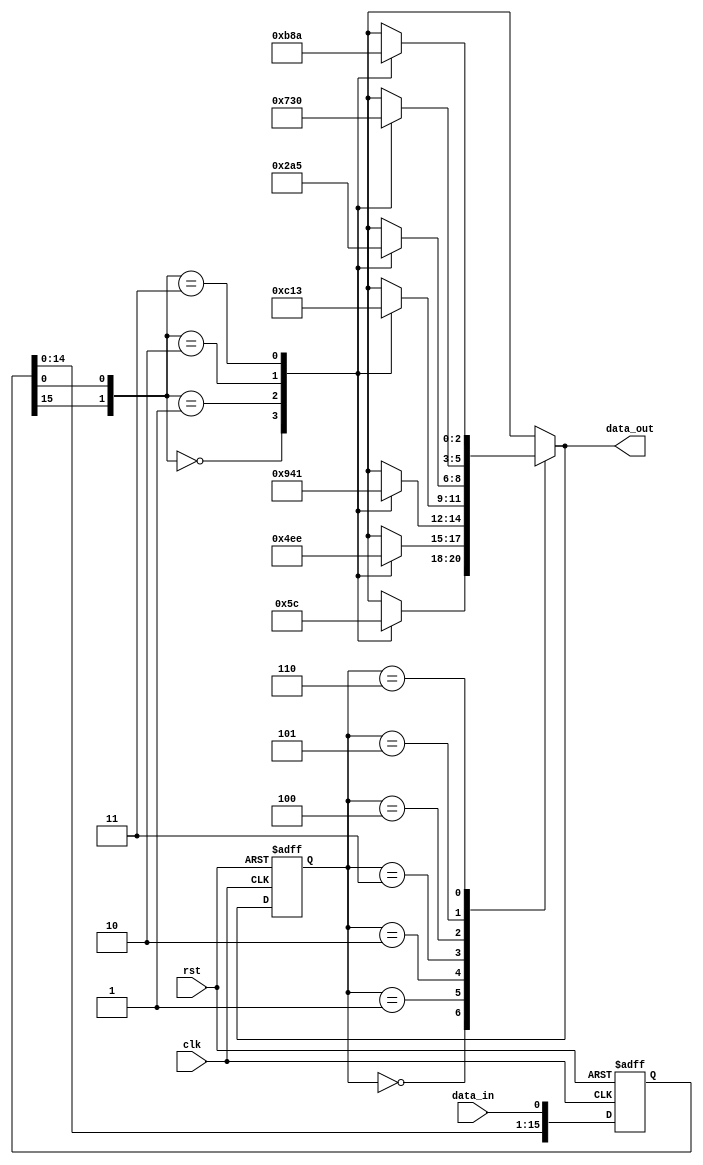
// -----------------------------------------------------------------------------
// FSM FOR MOD7
// -----------------------------------------------------------------------------
// Create : 2020-05-12 21:36:55
// Revise : 2020-05-12 21:36:55
// Editor : sublime text3, tab size (4)
// input  : clk, rst, data_in
// output : data_out
// -----------------------------------------------------------------------------


module mod7(clk, rst, data_in, data_out);


//--- port definition ---
input rst, clk, data_in;
output [2:0] data_out;

wire [2:0] data_out;
reg [15:0] divisor;

//---parameter definition---

parameter S0=3'b000; 
parameter S1=3'b001; 
parameter S2=3'b010; 
parameter S3=3'b011; 
parameter S4=3'b100; 
parameter S5=3'b101; 
parameter S6=3'b110;

reg [2:0] current_state, next_state;
reg [1:0] flag;




//--- Sequential logic: transition from the present state to the next state--
always @(posedge clk or negedge rst) begin
	if (!rst) begin
		// reset
		divisor <= 0;
		current_state <= S0;
	end

	else  begin
		divisor <= {divisor[14:0], data_in};
		current_state <= next_state;	
	end
end


//--- Combinatorial logic: Describe the conditions for state transition--
always @(*) begin
	//default value for nextstate
	next_state = 3'bx;
	flag = {divisor[15],divisor[0]};
	case(current_state)
	S0: 
		case(flag)
		2'b00:  next_state = S0 ;
		2'b01:  next_state = S1 ;
		2'b10:  next_state = S3 ;
		2'b11:  next_state = S4 ;
		endcase
	S1:
		case(flag)
		2'b00:  next_state = S2 ;
		2'b01:  next_state = S3 ;
		2'b10:  next_state = S5 ;
		2'b11:  next_state = S6 ;
		endcase
	S2: 
		case(flag)
		2'b00:  next_state = S4 ;
		2'b01:  next_state = S5 ;
		2'b10:  next_state = S0 ;
		2'b11:  next_state = S1 ;
		endcase
	S3:
		case(flag)
		2'b00:  next_state = S6 ;
		2'b01:  next_state = S0 ;
		2'b10:  next_state = S2 ;
		2'b11:  next_state = S3 ;
		endcase
	S4: 
		case(flag)
		2'b00:  next_state = S1 ;
		2'b01:  next_state = S2 ;
		2'b10:  next_state = S4 ;
		2'b11:  next_state = S5 ;
		endcase
	S5:
		case(flag)
		2'b00:  next_state = S3 ;
		2'b01:  next_state = S4 ;
		2'b10:  next_state = S6 ;
		2'b11:  next_state = S0 ;
		endcase
	S6:
		case(flag)
		2'b00:  next_state = S5 ;
		2'b01:  next_state = S6 ;
		2'b10:  next_state = S1 ;
		2'b11:  next_state = S2 ;
		endcase
	endcase
end


//---real time output Assignments---
assign  data_out = next_state ;


endmodule //mux41